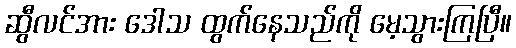
ဆွီလင်အား ဒေါသ ထွက်နေသည်ကို မေ့သွားကြပြီ။